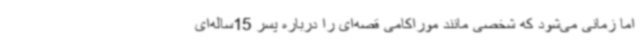
اما زمانی می‌شود که شخصی مانند موراکامی قصه‌ای را درباره پسر 15ساله‌ای